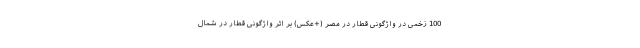
100 زخمی در واژگونی قطار در مصر (+عکس) بر اثر واژگونی قطار در شمال